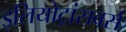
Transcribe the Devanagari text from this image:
इलियोट्रांसवर्स